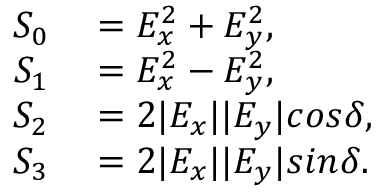
\begin{array} { r l } { S _ { 0 } } & { { } = E _ { x } ^ { 2 } + E _ { y } ^ { 2 } , } \\ { S _ { 1 } } & { { } = E _ { x } ^ { 2 } - E _ { y } ^ { 2 } , } \\ { S _ { 2 } } & { { } = 2 | E _ { x } | | E _ { y } | c o s \delta , } \\ { S _ { 3 } } & { { } = 2 | E _ { x } | | E _ { y } | s i n \delta . } \end{array}